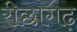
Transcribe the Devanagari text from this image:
रीछागढ़